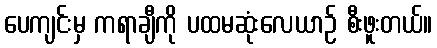
ပေကျင်းမှ ကရာချီကို ပထမဆုံးလေယာဉ် စီးဖူးတယ်။